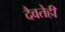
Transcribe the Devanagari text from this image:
दैवतेही